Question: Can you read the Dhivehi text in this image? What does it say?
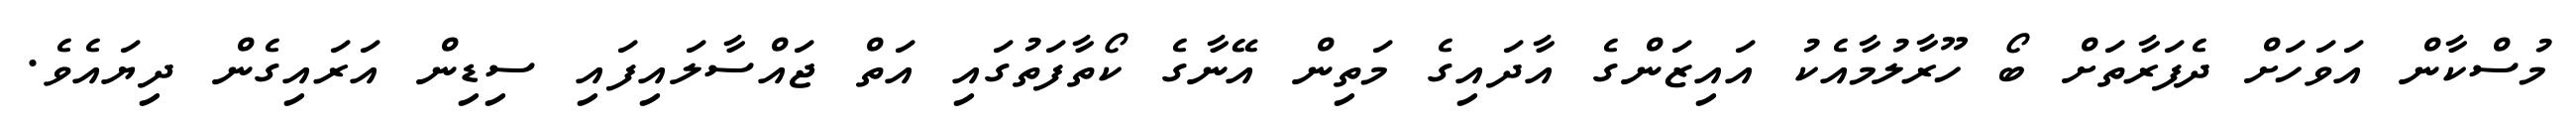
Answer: މުސްކާން އަވަހަށް ދެފަރާތަށް ބޯ ހޫރާލުމާއެކު އައިޒަންގެ އާދައިގެ މަތިން އޭނާގެ ކޯތާފަތުގައި އަތް ޖައްސާލައިފައި ސިޑިން އަރައިގެން ދިޔައެވެ.